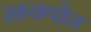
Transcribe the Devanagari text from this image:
रक्तकपोल